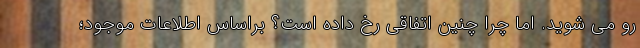
رو می شوید. اما چرا چنین اتفاقی رخ داده است؟ براساس اطلاعات موجود؛